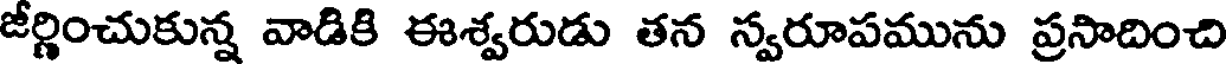
జీర్ణించుకున్న వాడికి ఈశ్వరుడు తన న్వరూపమును ప్రసాదించి